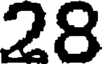
28